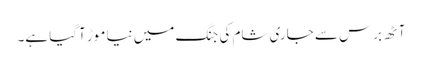
آٹھ برس سے جاری شام کی جنگ میں نیا موڑ آگیا ہے۔